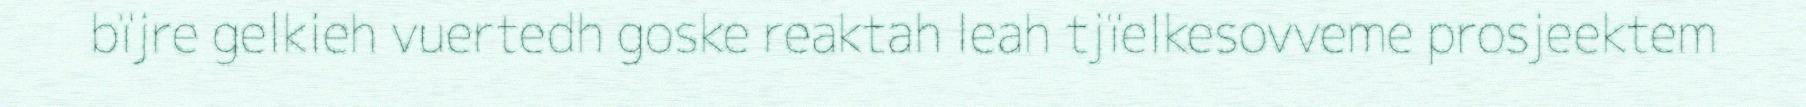
bïjre gelkieh vuertedh goske reaktah leah tjïelkesovveme prosjeektem